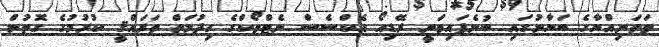
ވަތަނިއްޔާގެ ބަޔާނުގައި ބުނެފައިވަނީ ރޭޑިއޯ އެކްސެސް ނެޓްވޯކްގެ ހިދުމަތް ތަރައްޤީ ކުރުމުގެ ގޮތުން